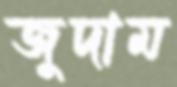
জুদাম